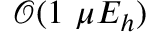
\mathcal { O } ( 1 \ \mu E _ { h } )